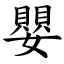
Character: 嬰